Annual vaccination report of Bihar and Orissa - 1911-1928
Year: 1911
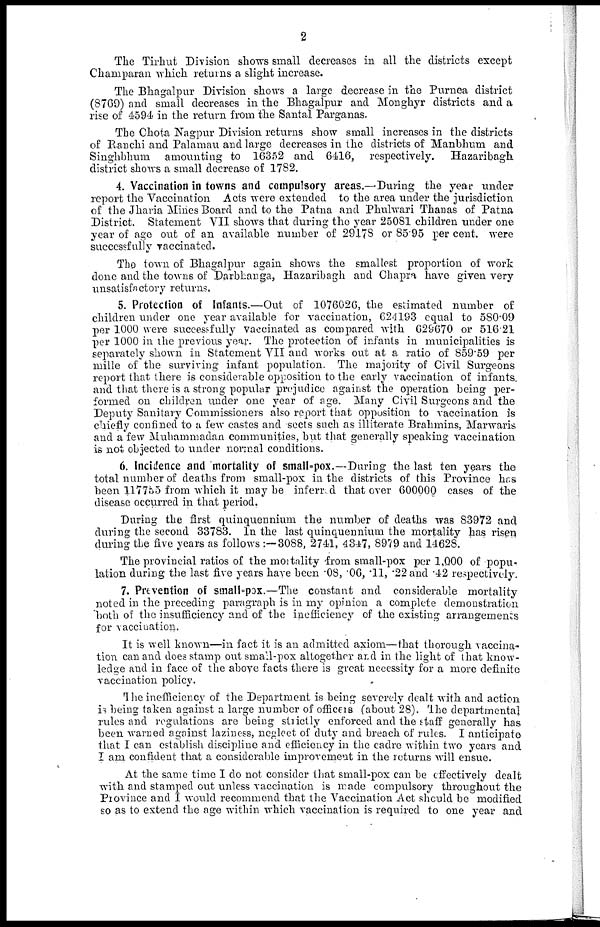
2
The Tirhut Division shows small decreases in all the districts except
Champaran which returns a slight increase.
The Bhagalpur Division shows a large decrease in the Purnea district
(8769) and small decreases in the Bhagalpur and Monghyr districts and a
rise of 4594 in the return from the Santal Parganas.
The Chota Nagpur Division returns show small increases in the districts
of Ranchi and Palamau and large decreases in the districts of Manbhum and
Singhbhum amounting to 16352 and 6416, respectively.
Hazaribagh
district shows a small decrease of 1782.
4. Vaccination in towns and compulsory areas.—During the year under
report the Vaccination Acts were extended to the area under the jurisdiction
of the Jharia Mines Board and to the Patna and Phulwari Thanas of Patna
District. Statement VII shows that during the year 25081 children under one
year of age out of an available number of 29178 or 85.95 per cent. were
successfully vaccinated.
The town of Bhagalpur again shows the smallest proportion of work
done and the towns of Darbhanga, Hazaribagh and Chapra have given very
unsatisfactory returns.
5. Protection of Infants.—Out of 1076026, the estimated number of
children under one year available for vaccination, 624193 equal to 580.09
per 1000 were successfully vaccinated as compared with 629670 or 516.21
per 1000 in the previous year. The protection of infants in municipalities is
separately shown in Statement VII and works out at a ratio of 859.59 per
mille of the surviving infant population. The majority of Civil Surgeons
report that there is considerable opposition to the early vaccination of infants
and that there is a strong popular prejudice against the operation being per-
formed on children under one year of age. Many Civil Surgeons and the
Deputy Sanitary Commissioners also report that opposition to vaccination is
chiefly confined to a few castes and sects such as illiterate Brahmins, Marwaris
and a few Muhammadan communities, but that generally speaking vaccination
is not objected to under normal conditions.
6. Incidence and mortality of small-pox.—During the last ten years the
total number of deaths from small-pox in the districts of this Province has
been 117755 from which it may be inferred that over 600000 cases of the
disease occurred in that period.
During the first quinquennium the number of deaths was 83972 and
during the second 33783. In the last quinquennium the mortality has risen
during the five years as follows:—3088, 2741, 4347, 8979 and 14628.
The provincial ratios of the mortality from small-pox per 1,000 of popu-
lation during the last five years have been .08, .06, .11, .22 and .42 respectively.
7. Prevention of small-pox.—The constant and considerable mortality
noted in the preceding paragraph is in my opinion a complete demonstration
both of the insufficiency and of the inefficiency of the existing arrangements
for vaccination.
It is well known—in fact it is an admitted axiom—that thorough vaccina-
tion can and does stamp out small-pox altogether and in the light of that know-
ledge and in face of the above facts there is great necessity for a more definite
vaccination policy.
The inefficiency of the Department is being severely dealt with and action
is being taken against a large number of officers (about 28). The departmental
rules and regulations are being strictly enforced and the staff generally has
been warned against laziness, neglect of duty and breach of rules. I anticipate
that I can establish discipline and efficiency in the cadre within two years and
I am confident that a considerable improvement in the returns will ensue.
At the same time I do not consider that small-pox can be effectively dealt
with and stamped out unless vaccination is made compulsory throughout the
Province and I would recommend that the Vaccination Act should be modified
so as to extend the age within which vaccination is required to one year and